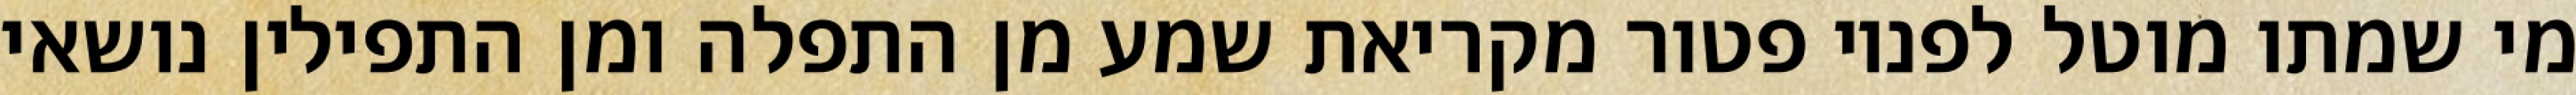
מי שמתו מוטל לפניו פטור מקריאת שמע מן התפלה ומן התפילין נושאי